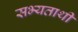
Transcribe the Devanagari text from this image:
सभ्यताथी